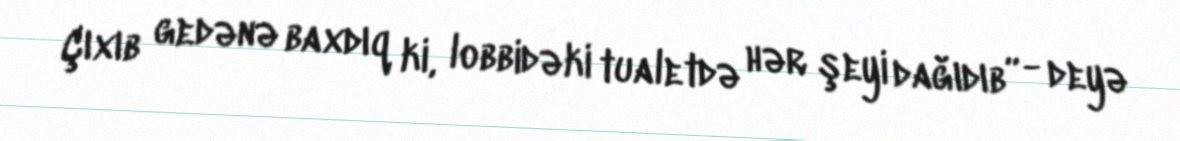
Çıxıb gedənə baxdıq ki, lobbidəki tualetdə hər şeyi dağıdıb” - deyə